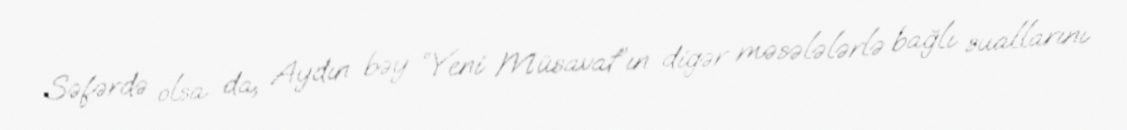
Səfərdə olsa da, Aydın bəy “Yeni Müsavat”ın digər məsələlərlə bağlı suallarını